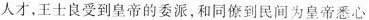
人才，王士良受到皇帝的委派，和同僚到民间为帝悉心